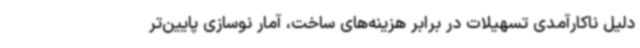
دلیل ناکارآمدی تسهیلات در برابر هزینه‌های ساخت، آمار نوسازی پایین‌تر